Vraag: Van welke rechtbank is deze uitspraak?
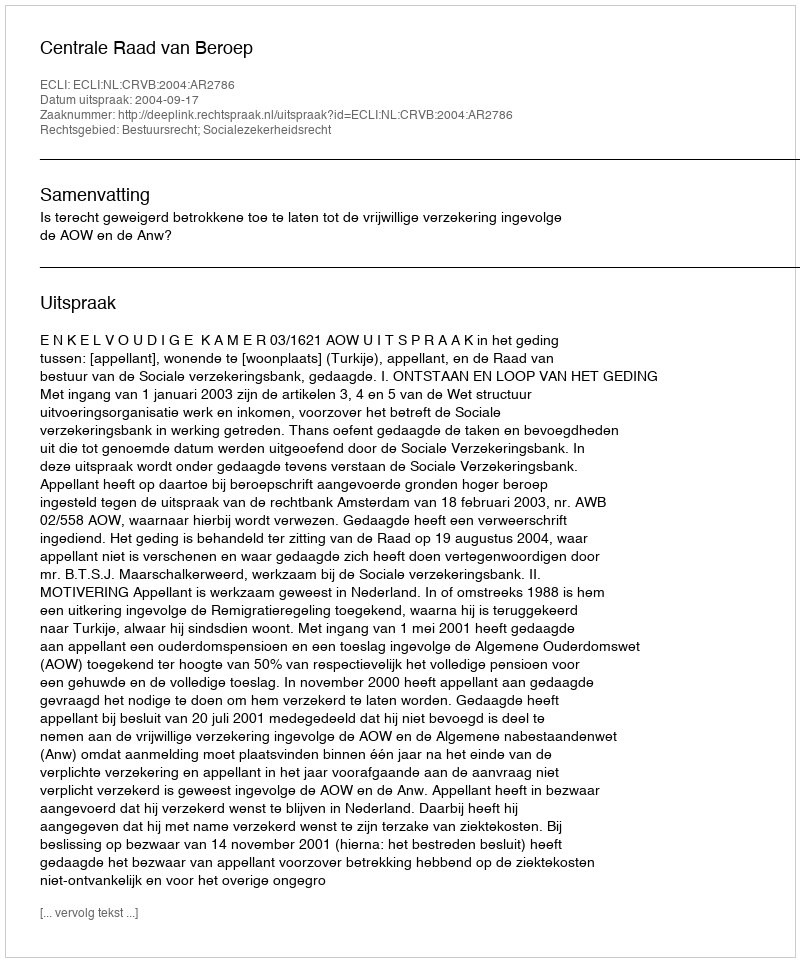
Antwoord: Centrale Raad van Beroep